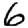
Digit: 6